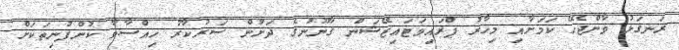
ރަނގަޅު ވާންޖެހޭ ކަމަށާއި މިހާރު ޕްރައިވަޓައިޒޭޝަން ޤާނޫނުގެ ދަށުން ސަރުކާރު ހިއްސާވާ ކުންފުނިތަކަށް